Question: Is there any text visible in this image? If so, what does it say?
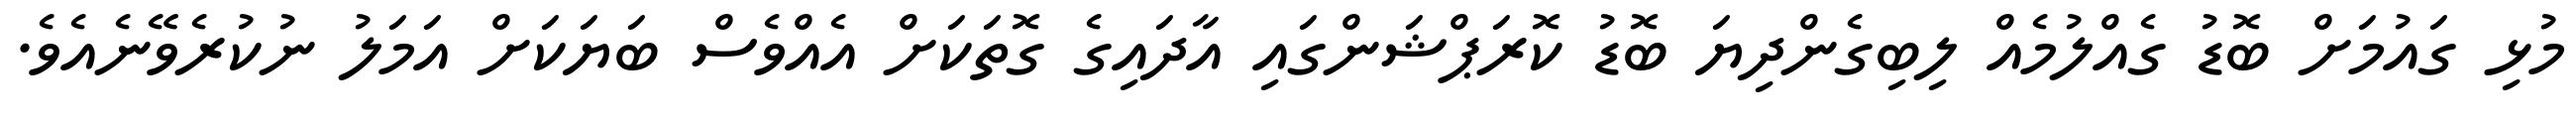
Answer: މުޅި ގައުމަށް ބޮޑު ގެއްލުމެއް ލިބިގެންދިޔަ ބޮޑު ކޮރަޕްޝަންގައި އާދައިގެ ގޮތަކަށް އެއްވެސް ބަޔަކަށް އަމަލު ނުކުރެވޭނެއެވެ.